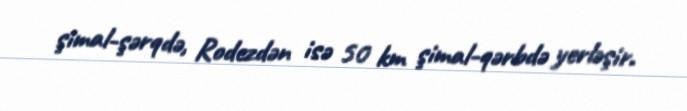
şimal-şərqdə, Rodezdən isə 50 km şimal-qərbdə yerləşir.